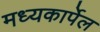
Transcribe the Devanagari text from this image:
मध्यकार्पेल